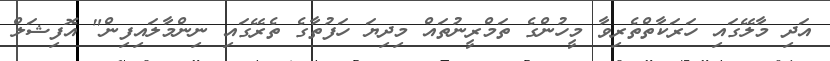
އަދި މާލޭގައި ހަރަކާތްތެރިވާ މީހުންގެ ތަމްރީނުތައް މިދިޔަ ހަފުތާގެ ތެރޭގައި ނިންމާލައިފިން" އޮފިޝަލް